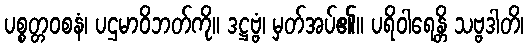
ပစ္စတ္တဝစနံ၊ ပဌမာဝိဘတ်ကို။ ဒဋ္ဌဗ္ဗံ၊ မှတ်အပ်၏။ ပရိဝါရေန္တိ သဗ္ဗဒါတိ၊